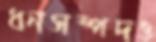
ধনসম্পদও